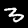
Digit: 3